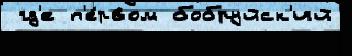
 гд'е п'е́рвом бобруйск'ий